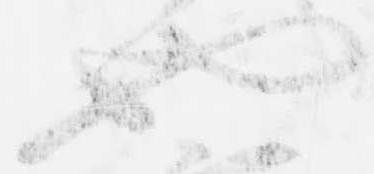
也